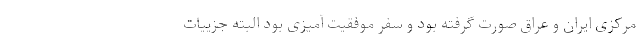
مرکزی ایران و عراق صورت گرفته بود و سفر موفقیت آمیزی بود البته جزییات